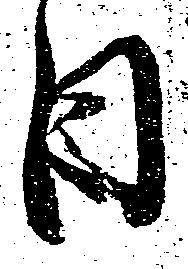
日